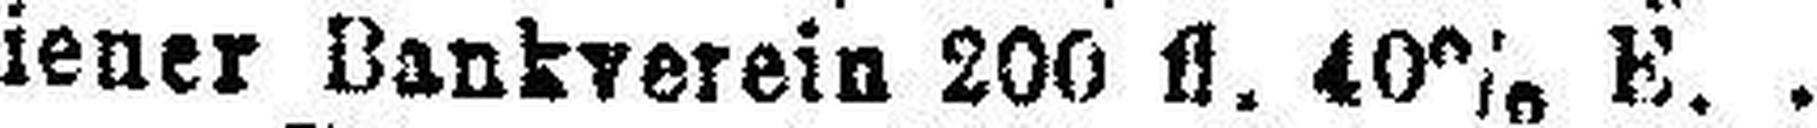
Wiener Bankverein 200 fl. 40% E.